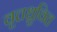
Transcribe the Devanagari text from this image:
वृत्तध्रुवित